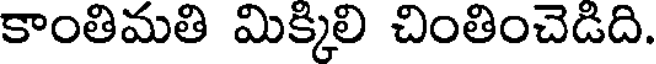
కాంతిమతి మిక్కిలి చింతించెడిది.